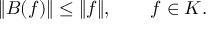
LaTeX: \| B ( f ) \| \le \| f \| , \qquad f \in { \cal K } .